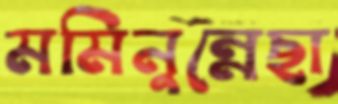
মমিনুন্নেছা